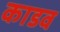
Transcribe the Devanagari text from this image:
काडव